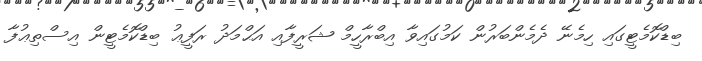
ބިޑްކޮމެޓީގައި ހިމެނޭ ދެމެންބަރުން ކަމުގައިވާ އިބްރާހީމް ޝަރީފާއި އަޙްމަދު ރަފީޢު ބިޑްކޮމެޓީން އިސްތިޢުފާ